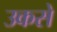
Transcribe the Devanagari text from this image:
उकसे